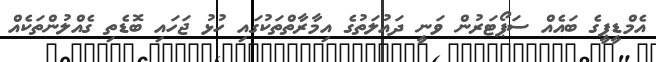
އެމްޑީޕީގެ ބައެއް ސަޕޯޓަރުން ވަނީ ދަައުލަތުގެ އިމާރާތްތަކުގައި ހުޅު ޖަހައި ބޮޑެތި ގެއްލުންތަކެއް